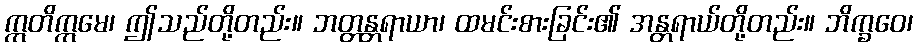
ဣတိဣမေ၊ ဤသည်တို့တည်း။ ဘတ္တန္တရာယာ၊ ထမင်းစားခြင်း၏ အန္တရာယ်တို့တည်း။ ဘိက္ခဝေ၊